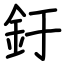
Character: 釪